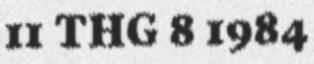
11 THG 8 1984